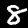
Label: 8